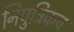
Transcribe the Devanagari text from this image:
निपुत्रिकच